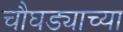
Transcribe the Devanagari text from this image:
चौघड्याच्या